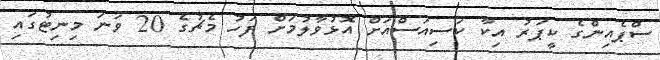
ސްޕެއިންގެ ކީޕަރު އިކާ ކަސިއަސްއަށް އޮޅުވާލުމަށް ފަހު މެޗުގެ 20 ވަނަ މިނިޓުގައި